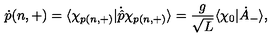
\dot { p } ( n , + ) = \langle \chi _ { p ( n , + ) } | \dot { \hat { p } } \chi _ { p ( n , + ) } \rangle = \frac { g } { \sqrt L } \langle \chi _ { 0 } | \dot { A } _ { - } \rangle ,